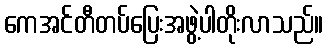
ကေအင်တီတပ်ပြေးအဖွဲ့ပါတိုးလာသည်။